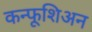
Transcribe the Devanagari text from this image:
कन्फूशिअन